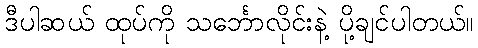
ဒီပါဆယ် ထုပ်ကို သင်္ဘောလိုင်းနဲ့ ပို့ချင်ပါတယ်။